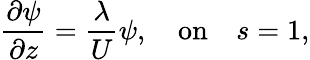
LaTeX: \frac{\partial\psi}{\partial z}=\frac{\lambda}{U}\psi,\quad\textrm{on}\quad s=1,